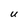
Character: U